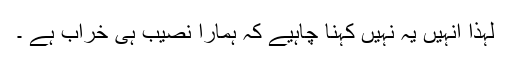
لہٰذا اُنہیں یہ نہیں کہنا چاہیے کہ ہمارا نصیب ہی خراب ہے ۔